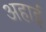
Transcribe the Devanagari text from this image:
अहाई